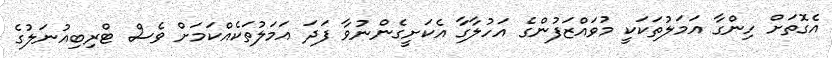
އެގޮތަށް ހިންގާ އަމަލުތަކަކީ މުވައްޒަފުންގެ އަހުލާގާ އެކަށީގެންނުވާ ފަދަ އަމަލުތަކެއްކަމަަށް ވެސް ޓްރިބިއުނަލުގެ